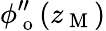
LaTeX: \phi_{\mathrm{~o~}}^{\prime\prime}(z_{\mathrm{~M~}})